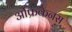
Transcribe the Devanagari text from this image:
अफ्रिकैनस